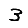
Digit: 3